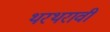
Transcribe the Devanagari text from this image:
थरथरावी